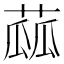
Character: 蓏